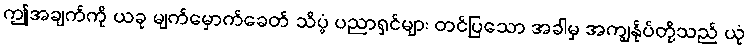
ဤအချက်ကို ယခု မျက်မှောက်ခေတ် သိပ္ပံ ပညာရှင်များ တင်ပြသော အခါမှ အကျွန်ုပ်တို့သည် ယုံ